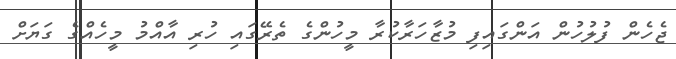
ޖެހެން ފުލުހުން އަންގައިފި މުޒާހަރާކުރާ މީހުންގެ ތެރޭގައި ހުރި އާއްމު މީހެއްގެ ގަޔަށް